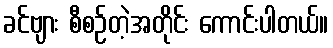
ခင်ဗျား စီစဉ်တဲ့အတိုင်း ကောင်းပါတယ်။